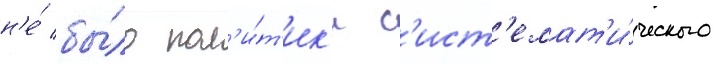
н'е́ бы́ло пол'и́т'ик'и с'ист'емат'и́ческого